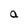
Character: a